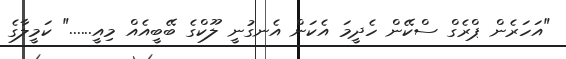
"އަހަރެން ޕްރެގް ސްކޭން ހެދީމަ އެކަން އެނގުނީ ލޫކްގެ ބޭބީއެއް މިއީ......" ކަމީލާގެ